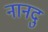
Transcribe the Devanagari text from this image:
नानदु